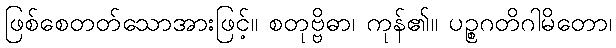
ဖြစ်စေတတ်သောအားဖြင့်။ စတုဗ္ဗိဓာ၊ ကုန်၏။ ပဉ္စဂတိဂါမိတော၊